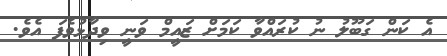
އެ ކަން ގަބޫލު ނު ކުރައްވާ ކަމަށް ޒައީމް ވަނީ ވިދާޅުވެފަ އެވެ.